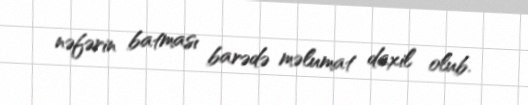
nəfərin batması barədə məlumat daxil olub.